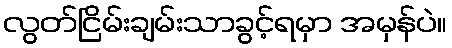
လွတ်ငြိမ်းချမ်းသာခွင့်ရမှာ အမှန်ပဲ။